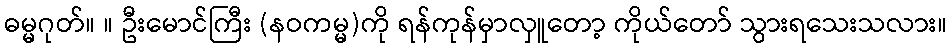
ဓမ္မဂုတ်။ ။ ဦးမောင်ကြီး (နဝကမ္မ)ကို ရန်ကုန်မှာလှူတော့ ကိုယ်တော် သွားရသေးသလား။